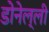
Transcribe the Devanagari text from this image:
डोनेल्ली